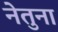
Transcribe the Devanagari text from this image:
नेतुना